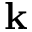
\mathbf { k }